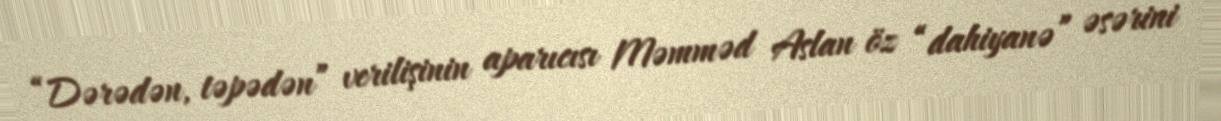
“Dərədən, təpədən” verilişinin aparıcısı Məmməd Aslan öz “dahiyanə” əsərini